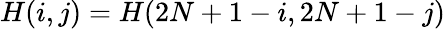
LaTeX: H(i,j)=H(2N+1-i,2N+1-j)